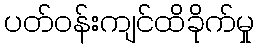
ပတ်ဝန်းကျင်ထိခိုက်မှု